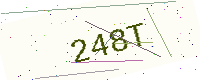
Text: 248T